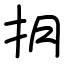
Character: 抈